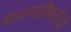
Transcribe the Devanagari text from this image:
गायनाविषयीची